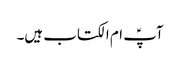
آپؑ ام الکتاب ہیں۔